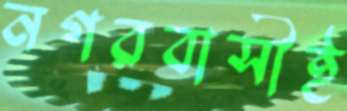
নগরবাসীই